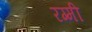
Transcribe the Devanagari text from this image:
रग्मी